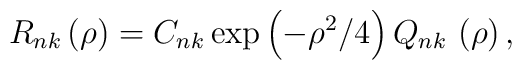
R_{nk}\left( \rho \right) =C_{nk}\exp \left( -\rho ^{2}/4\right)  Q_{nk}\,\left( \rho \right) ,